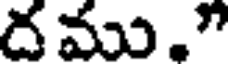
దము."